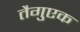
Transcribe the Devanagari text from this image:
तैगुएक